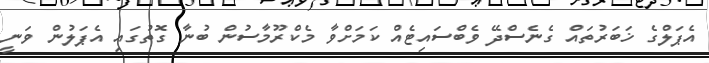
އެޕަލްގެ ޚަބަރުތައް ގެނެސްދޭ ވެބްސައިޓެއް ކަމަށްވާ މެކްރޫމާސުން ބުނާ ގޮތުގައި އެޕަލުން ވަނީ